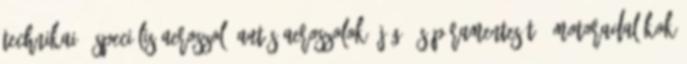
technikai-, speciális aeroszol "Autós aeroszolok" Jég- és páramentesítő, motoradalékok